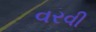
વરવી